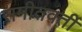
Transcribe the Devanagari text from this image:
समीतवर्ती